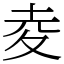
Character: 夌